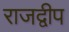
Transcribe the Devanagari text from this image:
राजद्वीप